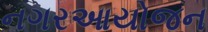
નગરઆયોજન